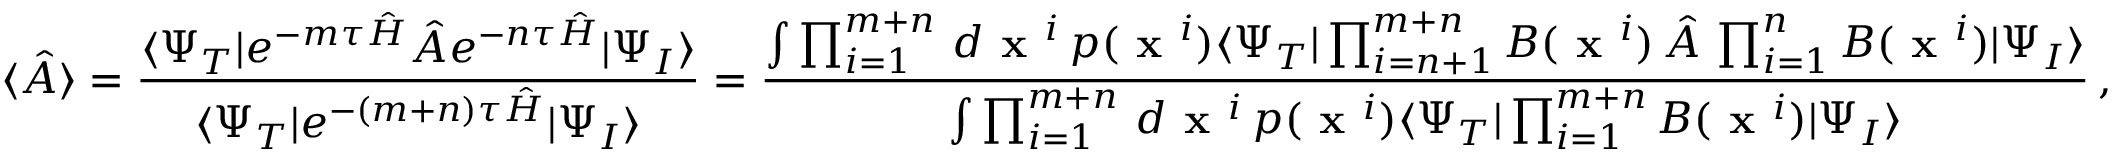
\langle \hat { A } \rangle = \frac { \langle \Psi _ { T } | e ^ { - m \tau \hat { H } } \hat { A } e ^ { - n \tau \hat { H } } | \Psi _ { I } \rangle } { \langle \Psi _ { T } | e ^ { - ( m + n ) \tau \hat { H } } | \Psi _ { I } \rangle } = \frac { \int \prod _ { i = 1 } ^ { m + n } \, d \textbf { x } ^ { i } \, p ( \textbf { x } ^ { i } ) \langle \Psi _ { T } | \prod _ { i = n + 1 } ^ { m + n } B ( \textbf { x } ^ { i } ) \, \hat { A } \, \prod _ { i = 1 } ^ { n } B ( \textbf { x } ^ { i } ) | \Psi _ { I } \rangle } { \int \prod _ { i = 1 } ^ { m + n } \, d \textbf { x } ^ { i } \, p ( \textbf { x } ^ { i } ) \langle \Psi _ { T } | \prod _ { i = 1 } ^ { m + n } B ( \textbf { x } ^ { i } ) | \Psi _ { I } \rangle } \, ,